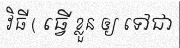
វិធី ( ធ្វើ ខ្លួន ឲ្យ ទៅជា